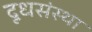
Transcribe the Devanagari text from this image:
दूधसंस्था